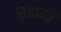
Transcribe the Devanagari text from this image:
सदामी